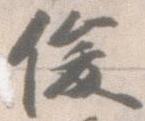
俊